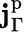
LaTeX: \mathbf{j}_{\Gamma}^{\mathrm{p}}